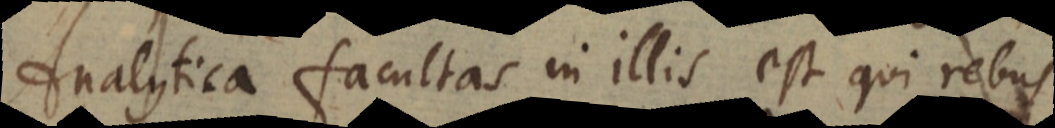
Analytica facultas in illis est qui rebus